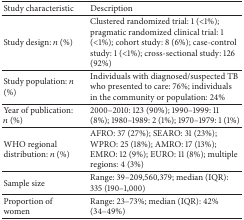
| Study characteristic | Description |
 | --- | --- |
 | Study design: n (%) | Clustered randomized trial: 1 (<1%); pragmatic randomized clinical trial: 1 (<1%); cohort study: 8 (6%); case-control study: 1 (<1%); cross-sectional study: 126 (92%) |
 | Study population: n (%) | Individuals with diagnosed/suspected TB who presented to care: 76%; individuals in the community or population: 24% |
 | Year of publication: n (%) | 2000–2010: 123 (90%); 1990–1999: 11 (8%); 1980–1989: 2 (1%); 1970–1979: 1 (1%) |
 | WHO regional distribution: n (%) | AFRO: 37 (27%); SEARO: 31 (23%); WPRO: 25 (18%); AMRO: 17 (13%); EMRO: 12 (9%); EURO: 11 (8%); multiple regions: 4 (3%) |
 | Sample size | Range: 39–209,560,379; median (IQR): 335 (190–1,000) |
 | Proportion of women | Range: 23–73%; median (IQR): 42% (34–49%) |